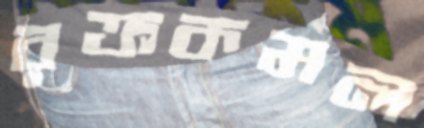
রক্তকমল